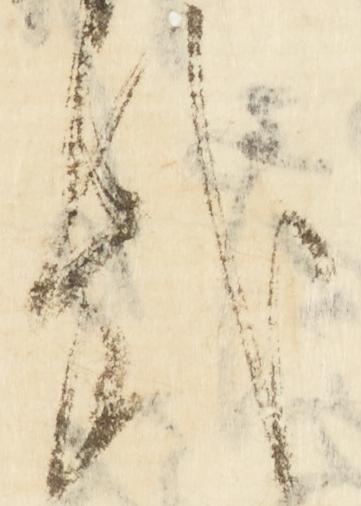
哉